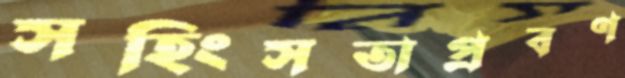
সহিংসতাপ্রবণ